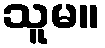
သူမ။